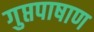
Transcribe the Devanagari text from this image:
गुप्तपाषाण